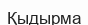
Қыдырма